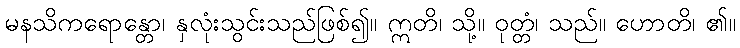
မနသိကရောန္တော၊ နှလုံးသွင်းသည်ဖြစ်၍။ ဣတိ၊ သို့။ ဝုတ္တံ၊ သည်။ ဟောတိ၊ ၏။